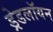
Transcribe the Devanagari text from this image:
ड्रेडलॉयन